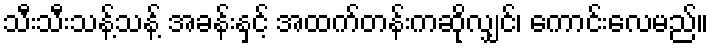
သီးသီးသန့်သန့် အခန်းနှင့် အထက်တန်းကဆိုလျှင်၊ ကောင်းလေမည်။